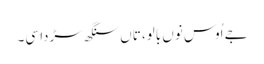
جے اُوس نوں بالو، تاں سنگھ سڑدا سی۔